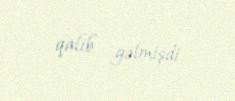
qalib gəlmişdi.